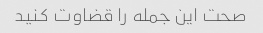
صحت این جمله را قضاوت کنید